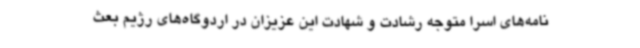
نامه‌های اسرا متوجه رشادت و شهادت این عزیزان در اردوگاه‌های رژیم بعث